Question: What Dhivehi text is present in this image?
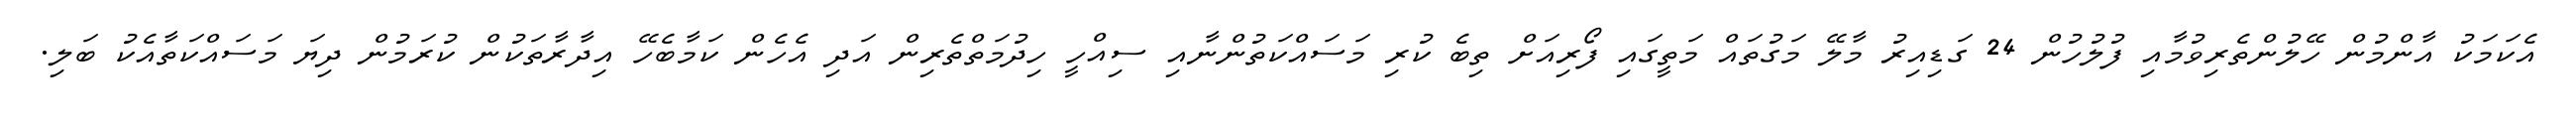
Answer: އެކަމަކު އާންމުން ހޭލުންތެރިވުމާއި ފުލުހުން 24 ގަޑިއިރު މާލޭ މަގުތައް މަތީގައި ފޯރިއަށް ތިބެ ކުރި މަސައްކަތުންނާއި ސިއްހީ ހިދުމަތްތެރިން އަދި އެހެން ކަމާބެހޭ އިދާރާތަކުން ކުރަމުން ދިޔަ މަސައްކަތާއެކު ބަލި.